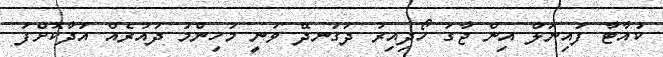
ކުއާޓާ ފައިނަލް އިން ޖާގަ ހޯދިއިރު ދަގަނދޭ ވަނީ މުހިންމު ދައުރެއް އަދާކޮށްފަ